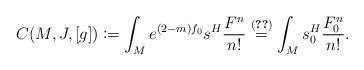
LaTeX: \begin{align*}C(M,J,[g]) \coloneqq \int_M e^{(2-m)f_0} s^H \frac{F^n}{n!} \overset{\eqref{Eqn:HermScal}}{=} \int_M s_0^H \frac{F_0^n}{n!}.\end{align*}